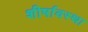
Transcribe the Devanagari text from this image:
शीर्षावस्था